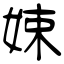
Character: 娕